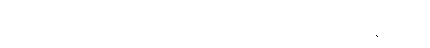
ယုကာဝါက စပ်ဖြီးဖြီးလုပ်၍ ဘီယာကို မော့သောက်နေသည်။